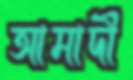
আমাদী